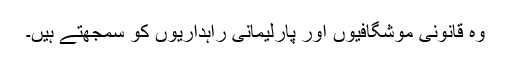
وہ قانونی موشگافیوں اور پارلیمانی راہداریوں کو سمجھتے ہیں۔